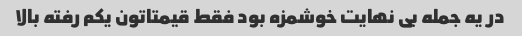
در یه جمله بی نهایت خوشمزه بود فقط قیمتاتون یکم رفته بالا